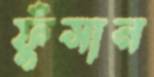
ফুঁসান